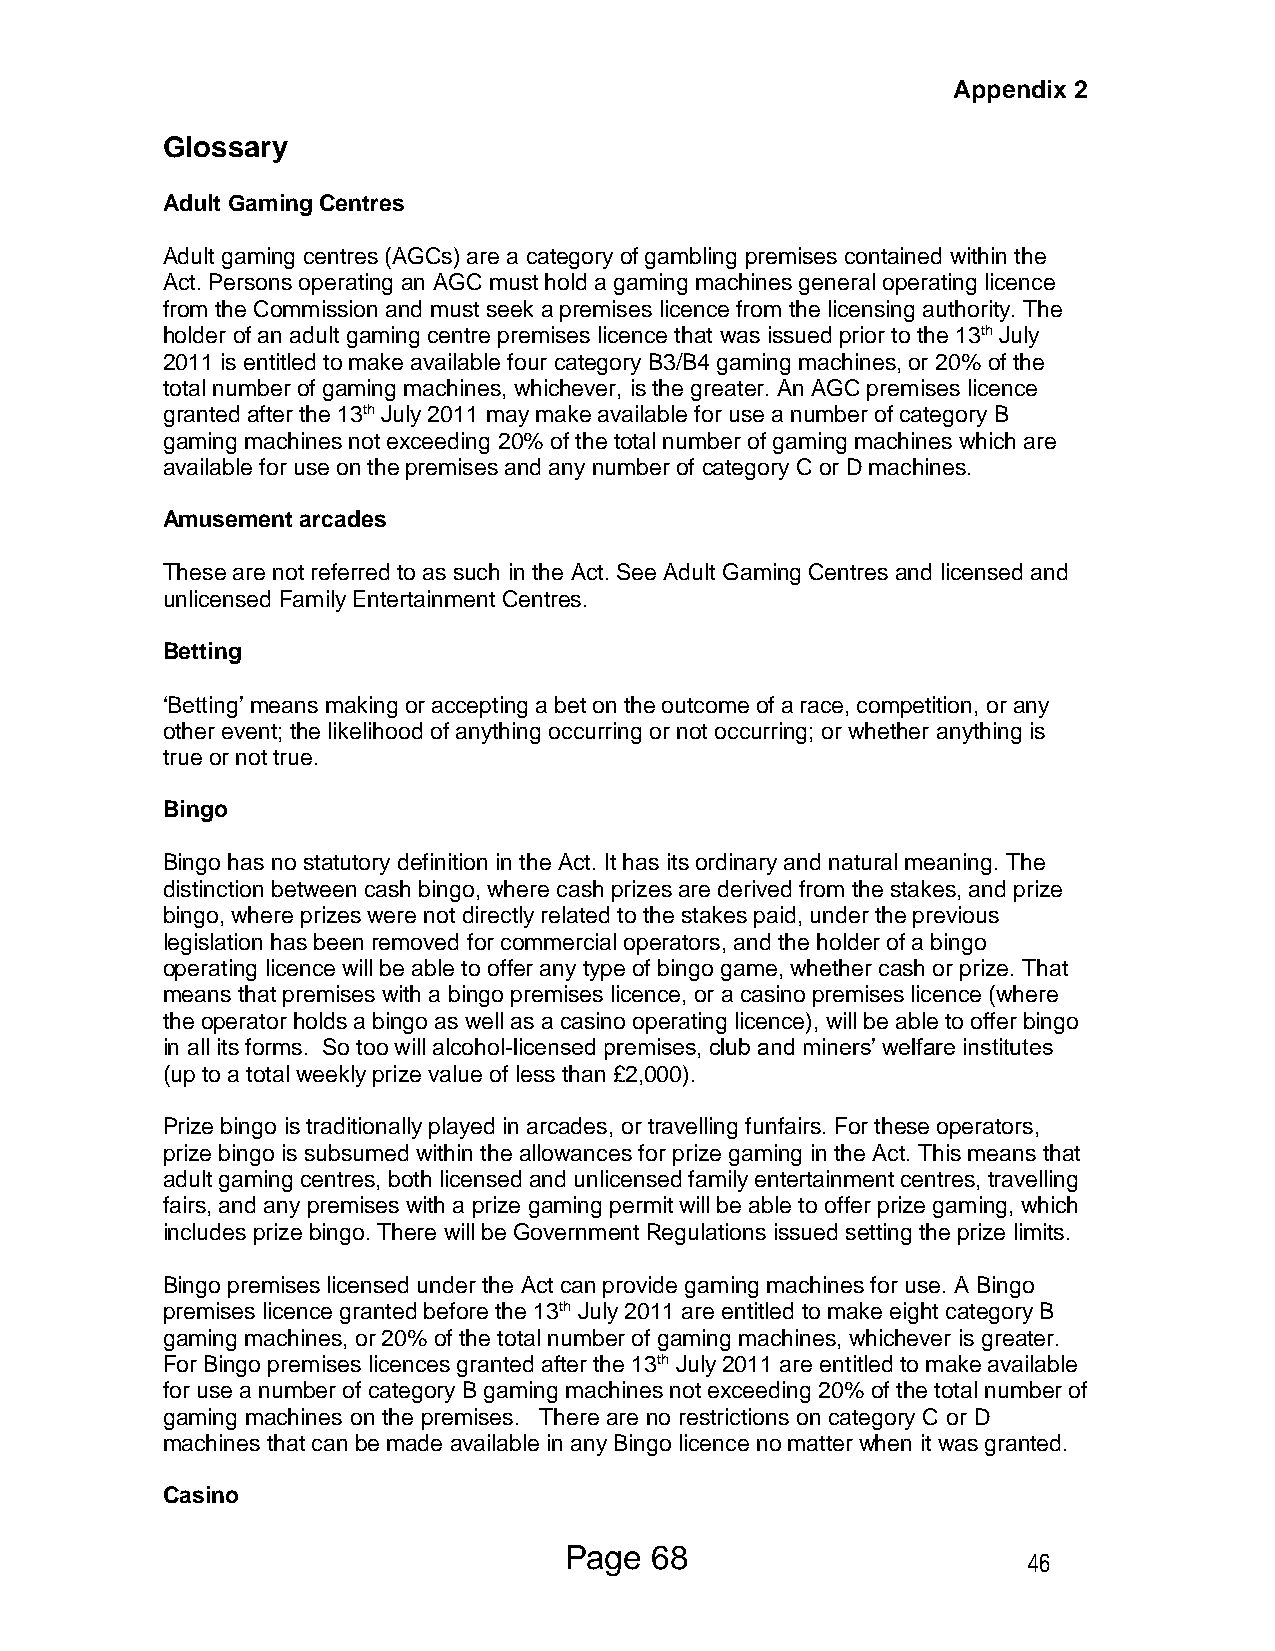
Appendix 2
 Glossary
 Adult Gaming Centres
 Adult gaming centres (AGCs) are a category of gambling premises contained within the
 Act. Persons operating an AGC must hold a gaming machines general operating licence
 from the Commission and must seek a premises licence from the licensing authority. The
 holder of an adult gaming centre premises licence that was issued prior to the 13th July
 2011 is entitled to make available four category B3/B4 gaming machines, or 20% of the
 total number of gaming machines, whichever, is the greater. An AGC premises licence
 granted after the 13th July 2011 may make available for use a number of category B
 gaming machines not exceeding 20% of the total number of gaming machines which are
 available for use on the premises and any number of category C or D machines.
 Amusement arcades
 These are not referred to as such in the Act. See Adult Gaming Centres and licensed and
 unlicensed Family Entertainment Centres.
 Betting
 ‘Betting’ means making or accepting a bet on the outcome of a race, competition, or any
 other event; the likelihood of anything occurring or not occurring; or whether anything is
 true or not true.
 Bingo
 Bingo has no statutory definition in the Act. It has its ordinary and natural meaning. The
 distinction between cash bingo, where cash prizes are derived from the stakes, and prize
 bingo, where prizes were not directly related to the stakes paid, under the previous
 legislation has been removed for commercial operators, and the holder of a bingo
 operating licence will be able to offer any type of bingo game, whether cash or prize. That
 means that premises with a bingo premises licence, or a casino premises licence (where
 the operator holds a bingo as well as a casino operating licence), will be able to offer bingo
 in all its forms. So too will alcohol-licensed premises, club and miners’ welfare institutes
 (up to a total weekly prize value of less than £2,000).
 Prize bingo is traditionally played in arcades, or travelling funfairs. For these operators,
 prize bingo is subsumed within the allowances for prize gaming in the Act. This means that
 adult gaming centres, both licensed and unlicensed family entertainment centres, travelling
 fairs, and any premises with a prize gaming permit will be able to offer prize gaming, which
 includes prize bingo. There will be Government Regulations issued setting the prize limits.
 Bingo premises licensed under the Act can provide gaming machines for use. A Bingo
 premises licence granted before the 13th July 2011 are entitled to make eight category B
 gaming machines, or 20% of the total number of gaming machines, whichever is greater.
 For Bingo premises licences granted after the 13th July 2011 are entitled to make available
 for use a number of category B gaming machines not exceeding 20% of the total number of
 gaming machines on the premises. There are no restrictions on category C or D
 machines that can be made available in any Bingo licence no matter when it was granted.
 Casino
 Page  68
 46